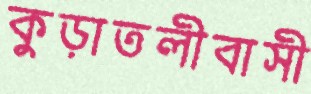
কুড়াতলীবাসী